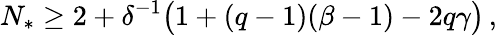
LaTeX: N_{*}\geq 2+\delta^{-1}\bigl(1+(q-1)(\beta-1)-2q\gamma\bigr)\, ,